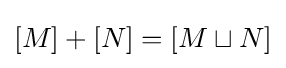
[M]+[N]=[M\sqcup N]